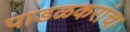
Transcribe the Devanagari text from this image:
पाडळकरांचा